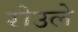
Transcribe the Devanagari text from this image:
रोउले